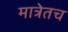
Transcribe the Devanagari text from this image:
मात्रेतच